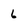
Character: 6